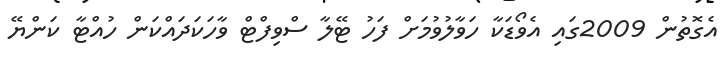
އެގޮތުން 2009ގައި އެވޯޑަކާ ހަވާލުވުމަށް ފަހު ޓޭލާ ސްވިފްޓް ވާހަކަދައްކަން ހުއްޓާ ކަންޔޭ